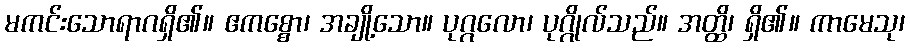
မကင်းသောရာဂရှိ၏။ ဧကစ္စော၊ အချို့သော။ ပုဂ္ဂလော၊ ပုဂ္ဂိုလ်သည်။ အတ္ထိ၊ ရှိ၏။ ကာမေသု၊